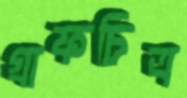
গ্রাফচিত্র